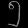
Digit: ၅